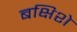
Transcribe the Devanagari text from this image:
बक्षिशे